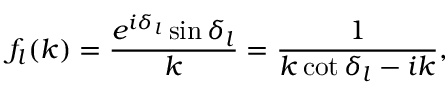
f _ { l } ( k ) = \frac { e ^ { i \delta _ { l } } \sin \delta _ { l } } { k } = \frac { 1 } { k \cot \delta _ { l } - i k } ,